Annual report of the Punjab Veterinary College and of the Civil Veterinary Department, Punjab - 1894-1908
Year: 1894
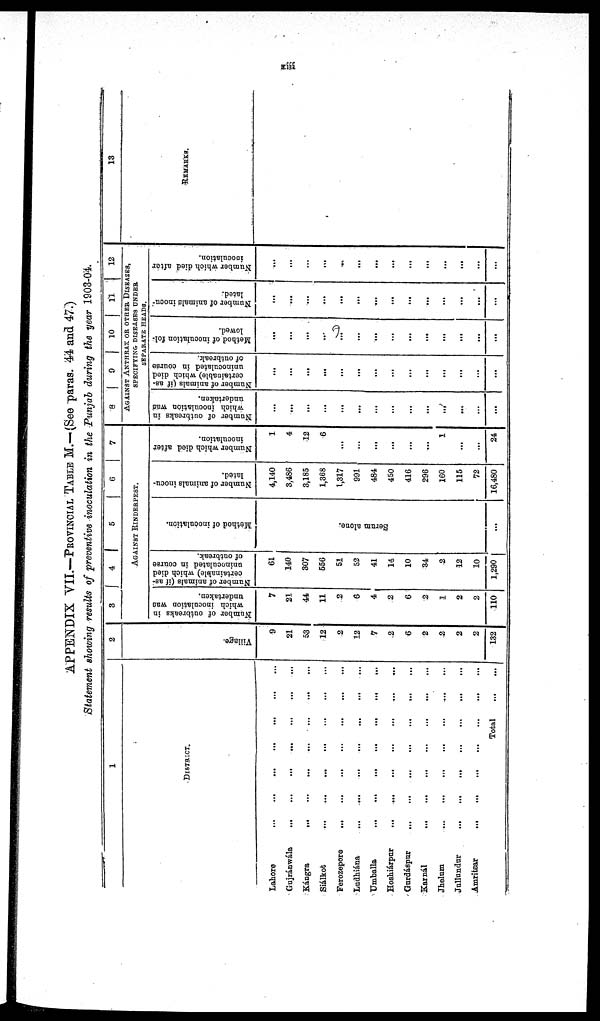
xiii
APPENDIX VII.—PROVINCIAL TABLE M.—(See paras. 44 and 47.)
Statement showing results of preventive inoculation in the Punjab during the year 1903-04.
1
DISTRICT.
Lahore
...
...
...
...
...
...
Gujránwála
...
...
...
...
...
...
...
Kángra
...
...
...
...
...
...
...
Siálkot ... ... ... ... ... ... ...
Ferozepore
...
...
...
...
...
...
...
Ludhiána
...
...
...
...
...
...
...
Umballa
...
...
...
...
...
...
Hoshiárpur ... ... ... ... ... ... ...
Gurdáspur
...
...
...
...
...
...
...
...
Karnál
...
...
...
...
...
...
Jhelum ... ... ... ... ... ... ...
Jullundur
...
...
...
...
...
Amritsar
...
...
...
...
...
...
Total
...
...
2
Vi l l age.
9
21
53
12
2
12
7
2
6
2
2
2
2
132
3 4 5
6
7
AGAINST RINDERPEST.
Number of outbreaks in
which inoculation was
undertaken.
7
21
44
11
2
6
4
2
6
2
1
2
2
110
Number of animals (if as-
certainable) which died
uninoculated in course
of outbreak.
61
140
307
556
51
52
41
14
10
34
2
12
10
1,290
Method of inoculation.
Se r
um alone.
...
Number of animals inocu-
lated.
4,140
3,486
3,185
1,368
1,317
991
484
450
416
296
160
115
72
16,480
Number which died after
inoculation.
1
4
12
6
...
...
...
...
...
...
1
...
...
24
8
9
10
11
12
AGAINST ANTHRAX OR OTHER, DISEASES,
SPECIFYING DISEASES UNDER
SEPARATE HEADS.
Number of outbreaks in
which inoculation was
undertaken.
...
...
...
...
...
...
...
...
...
...
...
...
...
...
Number of animals (if as-
certainable) which died
uninoculated in course
of outbreak.
...
...
...
...
...
...
...
...
...
...
...
...
...
...
Method of inoculation fol-
lowed.
...
...
...
...
...
...
...
...
...
...
...
...
...
...
Number of animals inocu-
lated.
...
...
...
...
...
...
...
...
...
...
...
...
...
...
Number which died after
inoculation.
...
...
...
...
...
...
...
...
...
...
...
...
...
...
13
REMARKS.